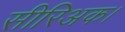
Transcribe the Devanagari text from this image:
सीरिअक।